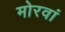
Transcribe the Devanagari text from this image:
मोरवां